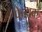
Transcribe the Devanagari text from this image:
फेडाक